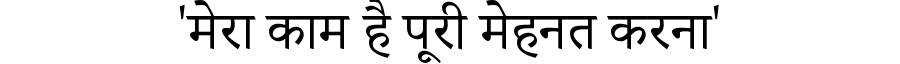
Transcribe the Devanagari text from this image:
'मेरा काम है पूरी मेहनत करना'